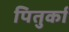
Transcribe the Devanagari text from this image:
पितुर्का